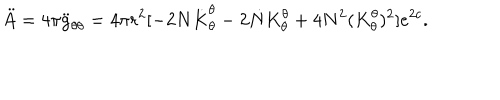
\ddot { A } = 4 \pi \ddot { g } _ { \theta \theta } = 4 \pi r ^ { 2 } [ - 2 N \dot { K } _ { \theta } ^ { \theta } - 2 \dot { N } { K } _ { \theta } ^ { \theta } + 4 N ^ { 2 } ( { K } _ { \theta } ^ { \theta } ) ^ { 2 } ] e ^ { 2 c } .